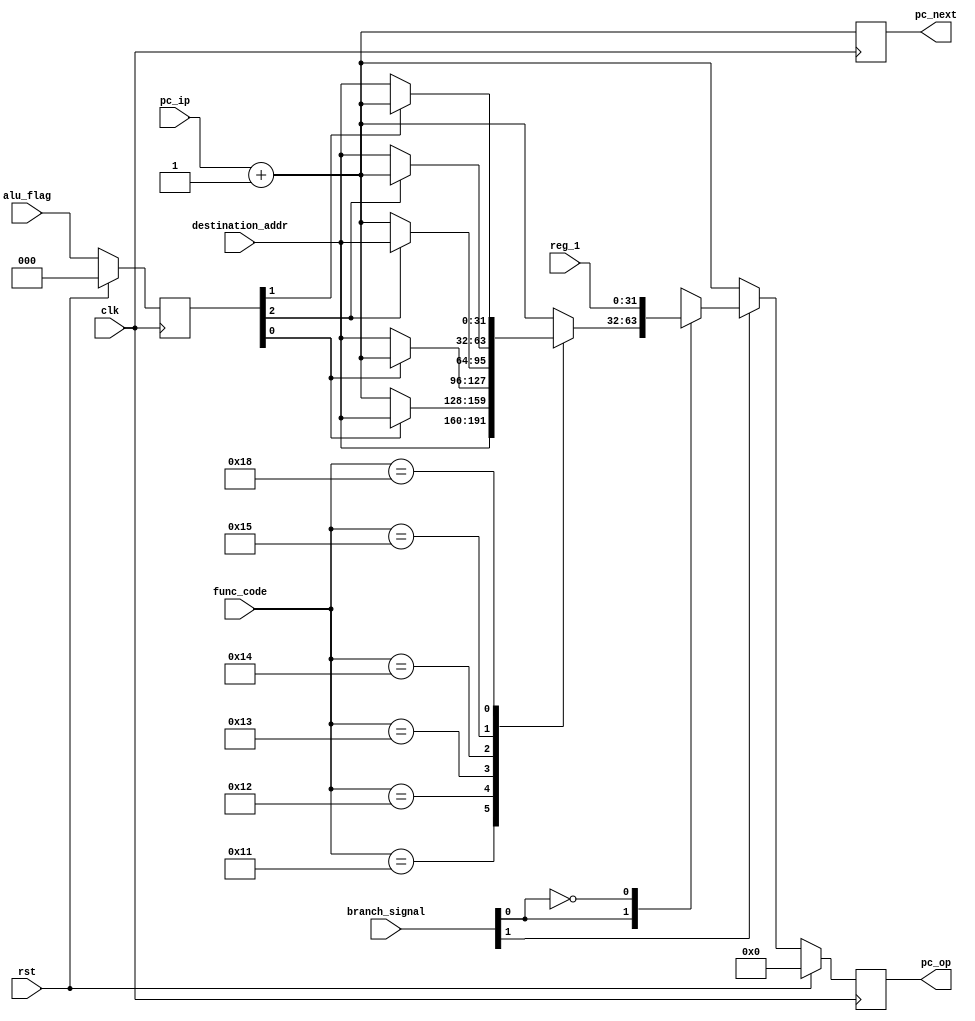
`timescale 1ns / 1ps

module branch(
   input [31:0] pc_ip,
	input [31:0] destination_addr,
	input [31:0] reg_1,
	input [1:0] branch_signal,
	input [5:0] func_code,
	input [2:0] alu_flag,
	input rst,
	input clk,
   output reg [31:0] pc_op,
	output reg [31:0] pc_next
	
    );
	reg [2:0] prev_flag;

	always @(posedge clk) begin
		if(rst)
			prev_flag <= 3'b000;
		else
			prev_flag <= alu_flag;
	end

	always @(negedge clk) begin
		pc_next <= pc_ip+ 32'b1;
		if(rst)
			pc_op <= 32'b0;
		else begin 
			if (branch_signal[1]==1'b0)
				pc_op<=pc_ip+32'b1;
			else begin
				case(branch_signal[0])
				1'b1: begin
					case(func_code)
						5'b10001: begin
							pc_op<=destination_addr;
						end
						5'b10010:begin
							if(prev_flag[0]==1'b1)
								pc_op<=destination_addr;
							else
								pc_op<=pc_ip+32'b1;
						end
						5'b10011:begin
							if(prev_flag[0]==1'b0)
								pc_op<=destination_addr;
							else
								pc_op<=pc_ip+32'b1;
						end
						5'b10100:begin
							if(prev_flag[2]==1'b1)
								pc_op<=destination_addr;
							else
								pc_op<=pc_ip+32'b1;
						end
						5'b10101:begin
							if(prev_flag[2]==1'b0)
								pc_op<=destination_addr;
							else
								pc_op<=pc_ip+32'b1;
						end
						5'b11000:begin
							if(prev_flag[1]==1'b0)
								pc_op<=destination_addr;
							else
								pc_op<=pc_ip+32'b1;
						end
						default: begin
							pc_op<=pc_ip+32'b1;
						end
					endcase
					end
				1'b0: begin
					pc_op<=reg_1;
				end
				endcase	
			end
		end
	end
endmodule